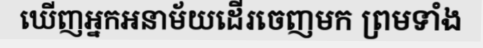
ឃើញអ្នកអនាម័យដើរចេញមក ព្រមទាំង